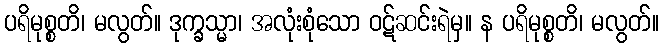
ပရိမုစ္စတိ၊ မလွတ်။ ဒုက္ခသ္မာ၊ အလုံးစုံသော ဝဋ်ဆင်းရဲမှ။ န ပရိမုစ္စတိ၊ မလွတ်။